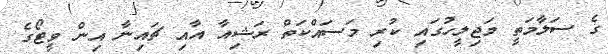
ގެ ސަލާމަތީ މަޖިލީހުގައި ކުރި މަސައްކަތް ރަޝިއާ އާއި ޗައިނާ އިން ވީޓޯގެ